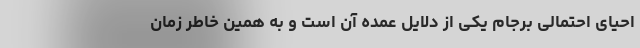
احیای احتمالی برجام یکی از دلایل عمده آن است و به همین خاطر زمان